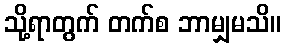
သို့ရာတွက် တက်စ ဘာမျှမသိ။